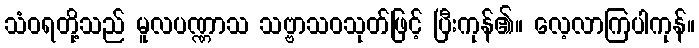
သံဝရတို့သည် မူလပဏ္ဏာသ သဗ္ဗာသဝသုတ်ဖြင့် ပြီးကုန်၏။ လေ့လာကြပါကုန်။